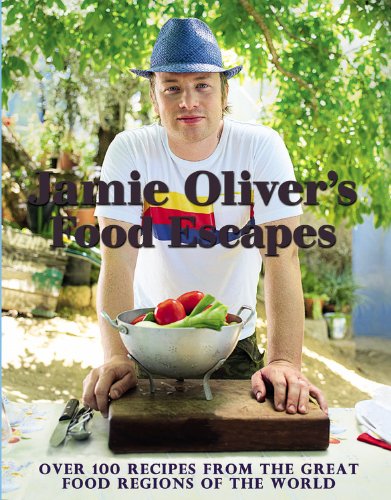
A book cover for Jamie Oliver's Food Escapes: Over 100 Recipes from the Great Food Regions of the World; Jamie Oliver; Cookbooks, Food & Wine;